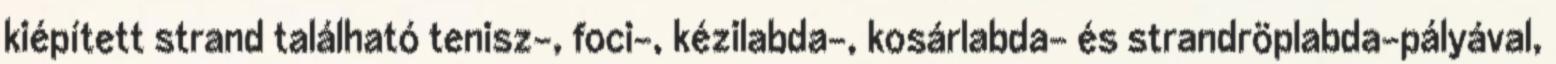
kiépített strand található tenisz-, foci-, kézilabda-, kosárlabda- és strandröplabda-pályával,